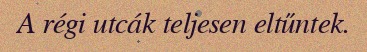
A régi utcák teljesen eltűntek.